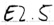
Text: E2.5